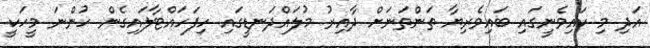
އަދި މި ކައިވެނީގައި ބައިވެރިޔާ ތަންތަނަށް ދާއިރު މުލައްދަނޑީގައި ހިފަހައްޓާލައިގެން ހުންނަ މީހަކީ